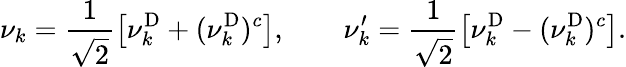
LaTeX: \nu_{k}=\frac{1}{\sqrt 2}\left[\nu_{k}^{\mathrm{D}}+(\nu_{k}^{\mathrm{D}})^{c}\right],\qquad\nu_{k}^{\prime}=\frac{1}{\sqrt 2}\left[\nu_{k}^{\mathrm{D}}-(\nu_{k}^{\mathrm{D}})^{c}\right].